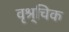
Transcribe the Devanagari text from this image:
वृश्र्चिक